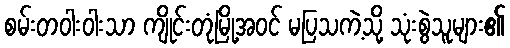
စမ်းတဝါးဝါးသာ ကျိုင်းတုံမြို့အဝင် မပြသကဲ့သို့ သုံးစွဲသူများ၏